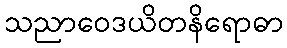
သညာဝေဒယိတနိရောဓာ